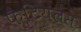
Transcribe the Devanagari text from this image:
फैटियलस